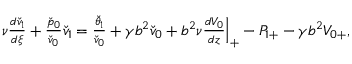
\begin{array} { r } { \nu \frac { d \check { v } _ { 1 } } { d \xi } + \frac { \check { p } _ { 0 } } { \check { v } _ { 0 } } \check { v } _ { 1 } = \frac { \check { \theta } _ { 1 } } { \check { v } _ { 0 } } + \gamma b ^ { 2 } \check { v } _ { 0 } + b ^ { 2 } \nu \frac { d V _ { 0 } } { d z } \Big | _ { + } - P _ { 1 + } - \gamma b ^ { 2 } V _ { 0 + } , } \end{array}